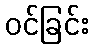
ဝင်ခြင်း